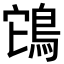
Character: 𮬲